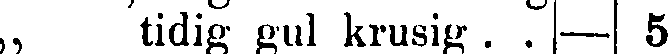
„ tidig gul krusig . . – 5